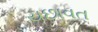
યછાવત